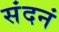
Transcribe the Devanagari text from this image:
संदनं